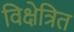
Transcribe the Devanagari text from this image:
विक्षेत्रित